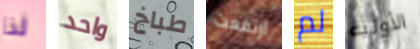
لذا واحد طباخ ارتفعت لم الأولية